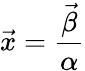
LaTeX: \vec{x}={\frac{\vec{\beta}}{\alpha}}